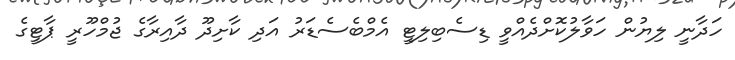
ހަދާނީ ލިޔުން ހަވާލުކޮށްދެއްވީ ޑިސެބިލިޓީ އެމްބެސެޑަރު އަދި ކާށިދޫ ދާއިރާގެ ޖުމްހޫރީ ޕާޓީގެ